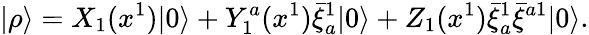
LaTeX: |\rho\rangle=X_{1}(x^{1})|0\rangle+Y_{1}^{a}(x^{1})\bar{\xi}_{a}^{1}|0\rangle+Z_{1}(x^{1})\bar{\xi}_{a}^{1}\bar{\xi}^{a1}|0\rangle.